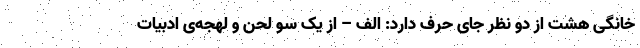
خانگی هشت از دو نظر جای حرف دارد: الف – از یک سو لحن و لهجه‌ی ادبیات